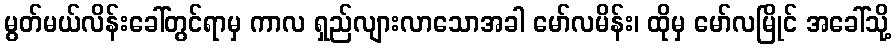
မွတ်မယ်လိန်းခေါ်တွင်ရာမှ ကာလ ရှည်လျားလာသောအခါ မော်လမိန်း၊ ထိုမှ မော်လမြိုင် အခေါ်သို့